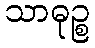
သာဓုဉ္စ